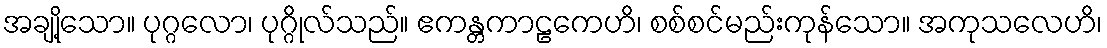
အချို့သော။ ပုဂ္ဂလော၊ ပုဂ္ဂိုလ်သည်။ ဧကန္တကာဠကေဟိ၊ စစ်စင်မည်းကုန်သော။ အကုသလေဟိ၊